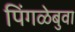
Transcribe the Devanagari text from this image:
पिंगळेबुवा